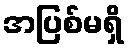
အပြစ်မရှိ